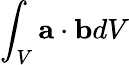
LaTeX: \int_{V}{\mathbf{a}}\cdot{\mathbf{b}}dV